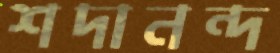
শদানন্দ